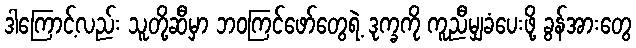
ဒါကြောင့်လည်း သူတို့ဆီမှာ ဘဝကြင်ဖော်တွေရဲ့ ဒုက္ခကို ကူညီမျှခံပေးဖို့ ခွန်အားတွေ